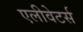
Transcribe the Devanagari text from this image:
एलीवेटर्स